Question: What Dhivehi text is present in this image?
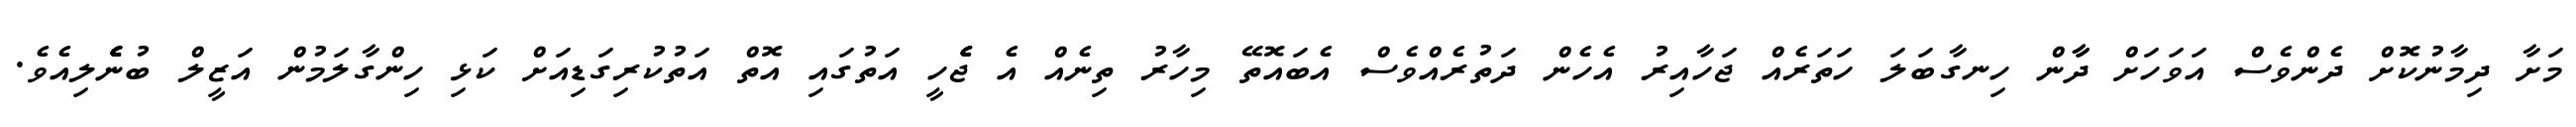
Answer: މަށާ ދިމާނުކޮށް ދެންވެސް އަވަހަށް ދާާން ހިނގާބަލަ ހަތަރެއް ޖަހާއިރު އެހެން ދަތުރެއްވެސް އެބައޮތޭ މިހާރު ތިނެއް އެ ޖެެެހީ އަތުގައި އޮތް އަތުކުރިގަޑިއަށް ކަޅި ހިންގާލަމުން އަޒީލް ބުނެެެެެެެެލިއެވެ.